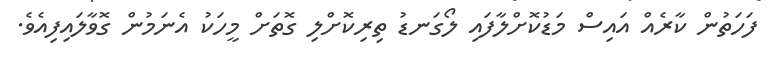
ފަހަތުން ކާރެއް އައިސް މަޑުކޮށްލާފައި ލޯގަނޑު ތިރިކޮށްލި ގޮތަށް މީހަކު އެނަމުން ގޮވާލައިފިއެވެ.